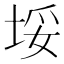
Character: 𱖰